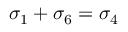
\sigma _ { 1 } + \sigma _ { 6 } = \sigma _ { 4 }